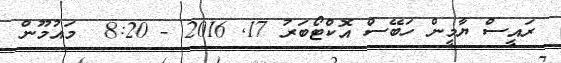
ރައީސް ޔާމީން ހަބޭސް އޮކްޓޯބަރު 17